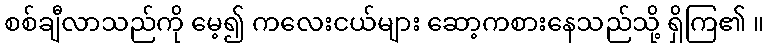
စစ်ချီလာသည်ကို မေ့၍ ကလေးငယ်များ ဆော့ကစားနေသည်သို့ ရှိကြ၏ ။